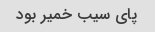
پای سیب خمیر بود